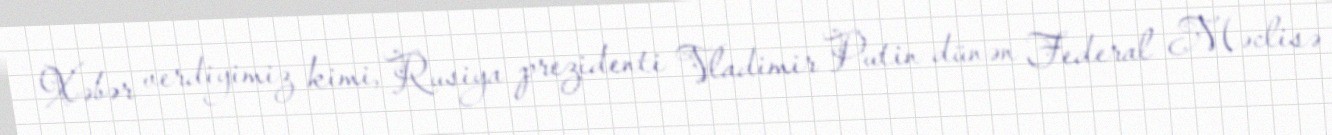
Xəbər verdiyimiz kimi, Rusiya prezidenti Vladimir Putin dünən Federal Məclisə